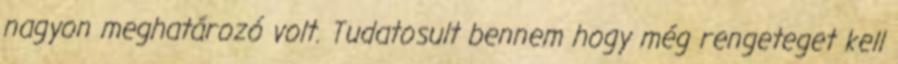
nagyon meghatározó volt. Tudatosult bennem hogy még rengeteget kell